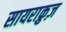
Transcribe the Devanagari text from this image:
सायराक्रुज़